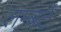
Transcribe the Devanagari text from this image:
लम्बर्ट